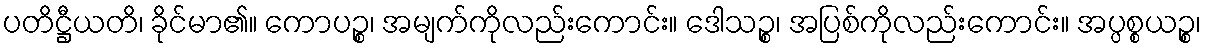
ပတိဋ္ဌီယတိ၊ ခိုင်မာ၏။ ကောပဉ္စ၊ အမျက်ကိုလည်းကောင်း။ ဒေါသဉ္စ၊ အပြစ်ကိုလည်းကောင်း။ အပ္ပစ္စယဉ္စ၊